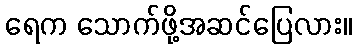
ရေက သောက်ဖို့အဆင်ပြေလား။